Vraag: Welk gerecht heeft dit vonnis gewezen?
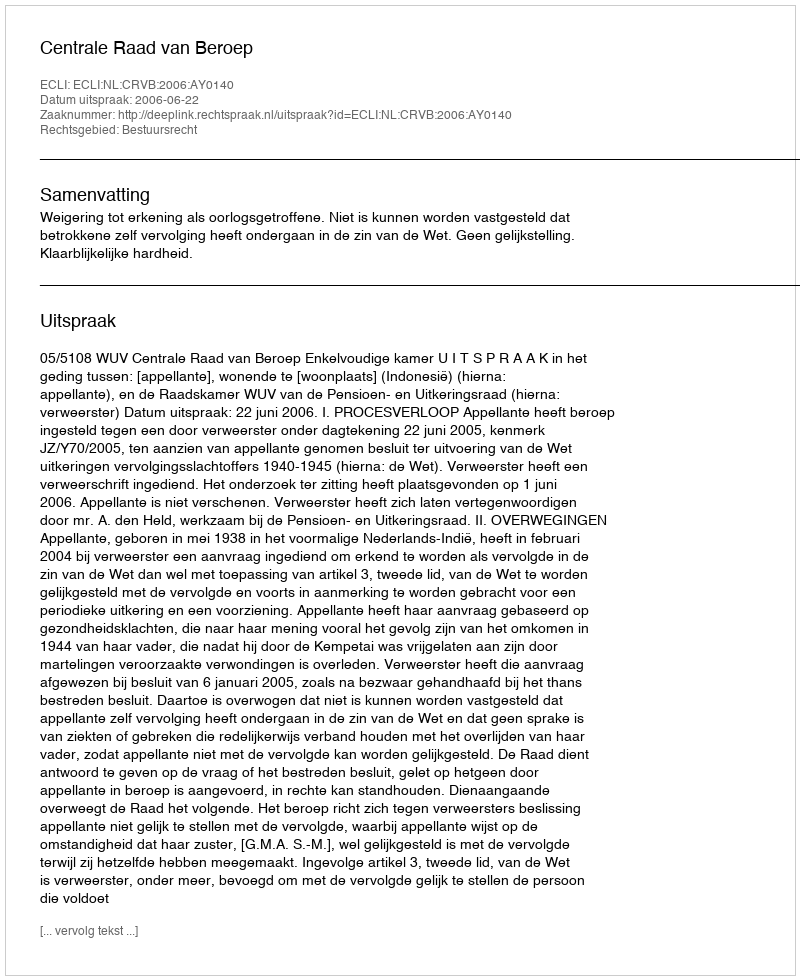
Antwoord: Centrale Raad van Beroep